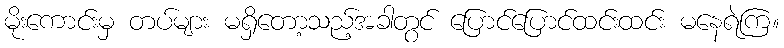
မိုးကောင်းမှ တပ်များ မရှိတော့သည့်အခါတွင် ပြောင်ပြောင်ထင်းထင်း မနေရဲကြ။